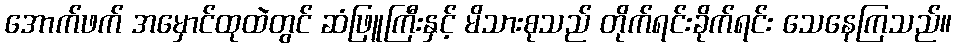
အောက်ဖက် အမှောင်ထုထဲတွင် ဆံဖြူကြီးနှင့် မိသားစုသည် တိုက်ရင်းခိုက်ရင်း သေနေကြသည်။